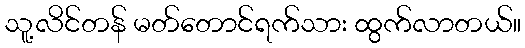
သူ့လိင်တန် မတ်တောင်ရက်သား ထွက်လာတယ်။